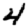
Digit: 4